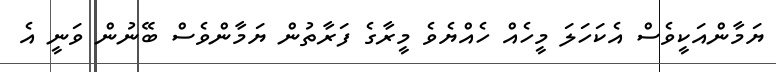
ޔަމާންއަކީވެސް އެކަހަލަ މީހެއް ހެއްޔެވެ މީރާގެ ފަރާތުން ޔަމާންވެސް ބޭނުން ވަނީ އެ